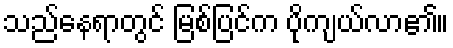
သည်နေရာတွင် မြစ်ပြင်က ပိုကျယ်လာ၏။